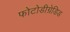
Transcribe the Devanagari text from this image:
फोटोडीग्रेडिड